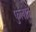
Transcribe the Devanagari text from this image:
फुलाते